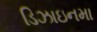
ડિઝાઇનમા